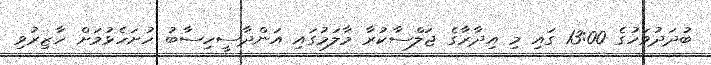
ބުދަދުވަހުގެ 13:00 ގައި މި އިދާރާގެ ޖަލްސާކުރާ މާލަމުގައި އަންދާސީހިސާބު ހުށަހެޅުމަށް ހާޒިރުވި